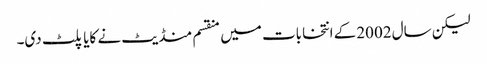
لیکن سال 2002کے انتخابات میں منقسم منڈیٹ نے کایا پلٹ دی۔